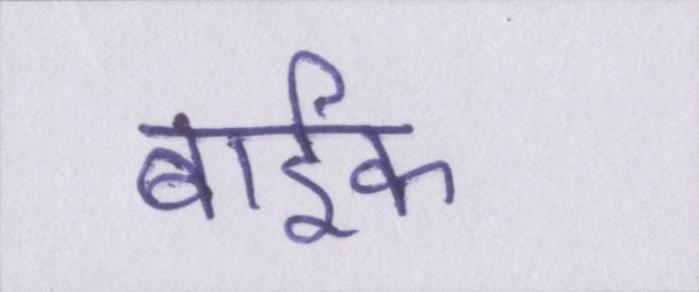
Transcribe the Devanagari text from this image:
बार्इक